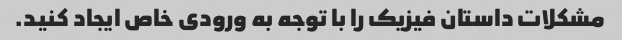
مشکلات داستان فیزیک را با توجه به ورودی خاص ایجاد کنید.